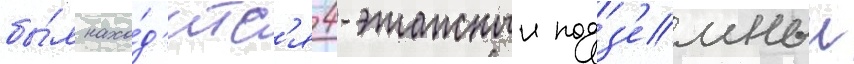
бы́л нахо́д'итс'я 4-этажныи подз'емныи